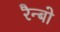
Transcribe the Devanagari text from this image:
रैन्बो